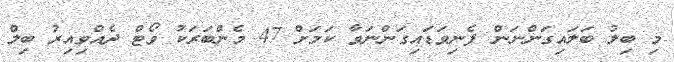
މި ބިލު ބަލައިގަންނަން ފެނިވަޑައިގަންނަވާ ކަމަށް 47 މެންބަރަކު ވޯޓް ދެއްވިއިރު ބިލް